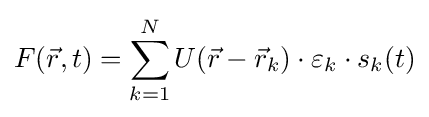
F({\vec {r}},t)=\sum _{k=1}^{N}U({\vec {r}}-{\vec {r}}_{k})\cdot \varepsilon _{k}\cdot s_{k}(t)